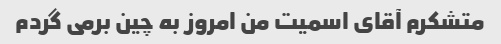
متشکرم آقای اسمیت من امروز به چین برمی گردم